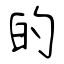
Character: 的